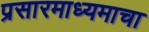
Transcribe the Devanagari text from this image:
प्रसारमाध्यमाचा